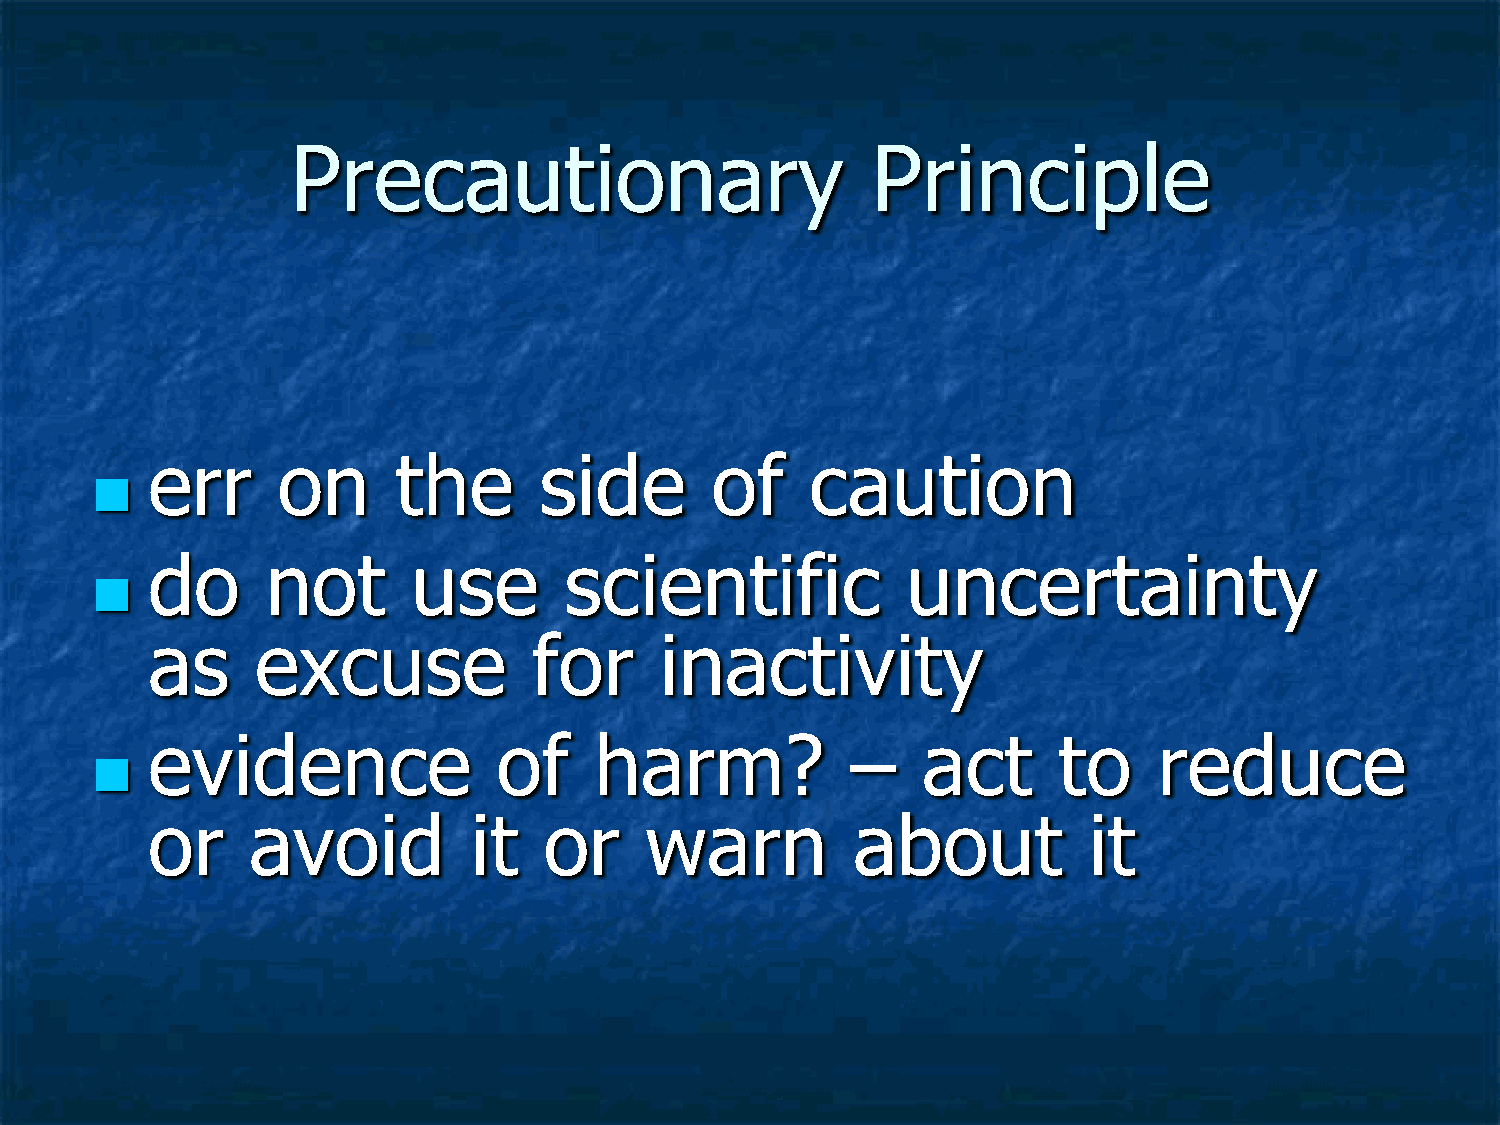
Precautionary                          Principle
 err     on      the       side       of     caution
 
 do      not      use       scientific             uncertainty
 
 as     excuse            for      inactivity
 evidence               of    harm?            –    act      to     reduce
 
 or    avoid          it   or     warn         about           it